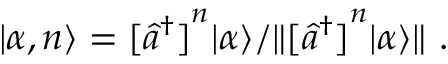
| \alpha , n \rangle = [ { { \hat { a } } ^ { \dagger } ] } ^ { n } | \alpha \rangle / \| [ { { \hat { a } } ^ { \dagger } ] } ^ { n } | \alpha \rangle \| ~ .